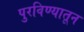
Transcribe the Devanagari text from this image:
पुरविण्यातून